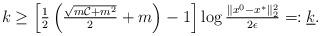
LaTeX: \begin{align*}k \ge \left[\tfrac{1}{2} \left( \tfrac{\sqrt{ m {\cal C} + m^2}}{2} + m \right) - 1 \right] \log \tfrac{\|x^0 - x^*\|_2^2}{2 \epsilon}=: \underline k.\end{align*}